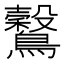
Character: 𪇗